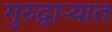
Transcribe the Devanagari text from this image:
गुरुद्वाऱ्यात